Scottish Leaving Certificate Examination, 1953
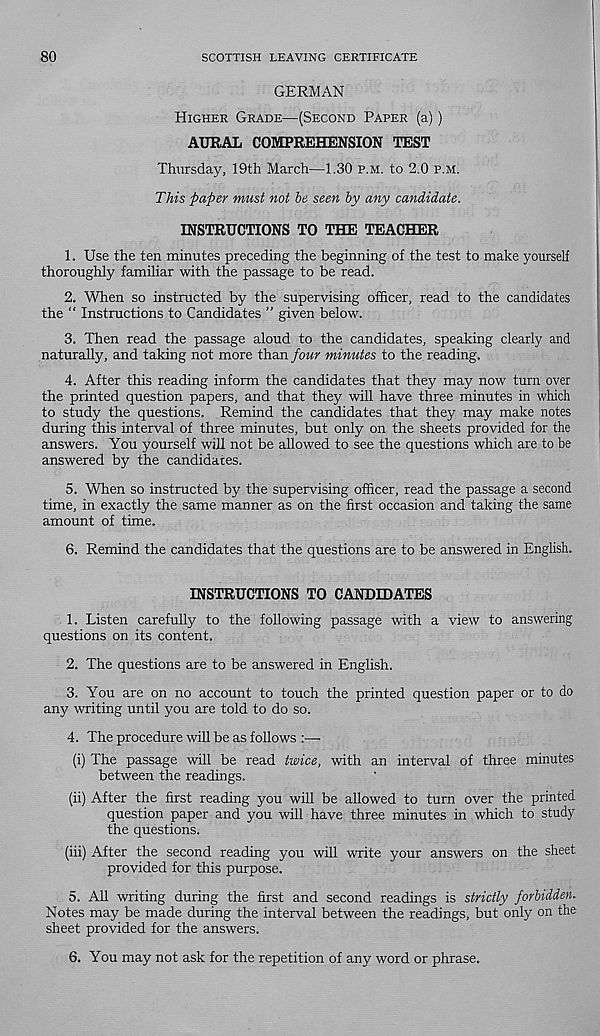
80
SCOTTISH LEAVING CERTIFICATE
GERMAN
Higher Grade—(Second Paper (a))
AURAL COMPREHENSION TEST
Thursday, 19th March—1.30 p.m. to 2.0 p.m.
This paper must not he seen by any candidate.
INSTRUCTIONS TO THE TEACHER
1. Use the ten minutes preceding the beginning of the test to make yourself
thoroughly familiar with the passage to be read.
2. When so instructed by the supervising officer, read to the candidates
the “ Instructions to Candidates ” given below.
3. Then read the passage aloud to the candidates, speaking clearly and
naturally, and taking not more than/oMr minutes to the reading.
4. After this reading inform the candidates that they may now turn over
the printed question papers, and that they will have three minutes in which
to study the questions. Remind the candidates that they may make notes
during this interval of three minutes, but only on the sheets provided for the
answers. You yourself will not be allowed to see the questions which are to be
answered by the candidates.
5. When so instructed by the supervising officer, read the passage a second
time, in exactly the same manner as on the first occasion and taking the same
amount of time.
6. Remind the candidates that the questions are to be answered in English.
INSTRUCTIONS TO CANDIDATES
1. Listen carefully to the following passage with a view to answering
questions on its content.
2. The questions are to be answered in English.
3. You are on no account to touch the printed question paper or to do
any writing until you are told to do so.
4. The procedure will be as follows :—■
(i) The passage will be read twice, with an interval of three minutes
between the readings.
(ii) After the first reading you will be allowed to turn over the printed
question paper and you will have three minutes in which to study
the questions.
(iii) After the second reading you will write your answers on the sheet
provided for this purpose.
5. All writing during the first and second readings is strictly forbidden.
Notes may be made during the interval between the readings, but only on the
sheet provided for the answers.
6. You may not ask for the repetition of any word or phrase.